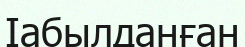
Іабылданған